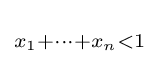
\scriptstyle x_{1}+\cdots +x_{n}<1